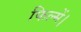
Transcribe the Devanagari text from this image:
फिल्में।